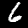
Digit: 6